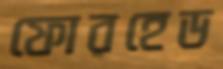
ফোরহেড